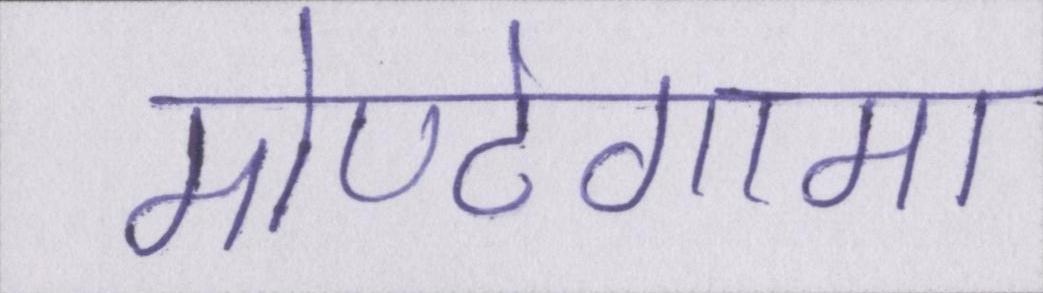
मोण्टेगामा